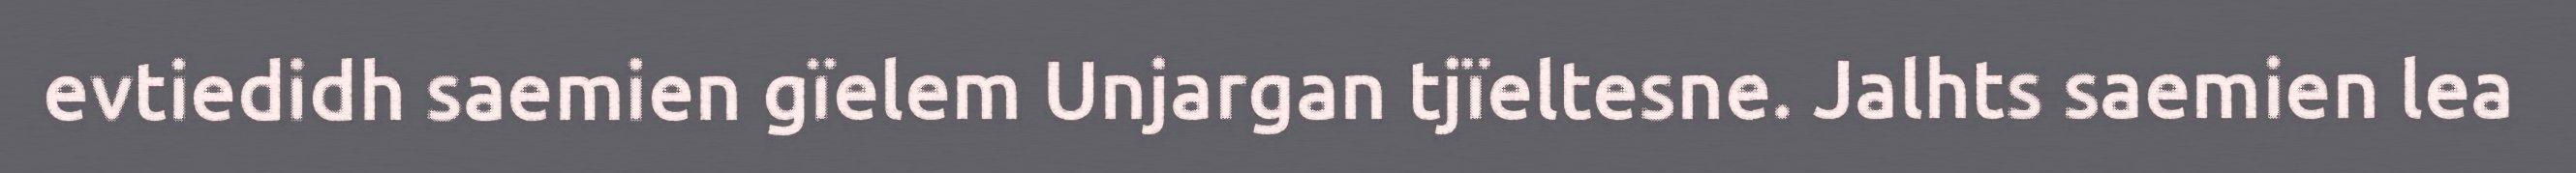
evtiedidh saemien gïelem Unjargan tjïeltesne. Jalhts saemien lea